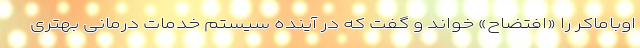
اوباماکر را «افتضاح» خواند و گفت که در آینده سیستم خدمات درمانی بهتری